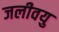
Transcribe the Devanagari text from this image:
जलीवयु